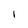
Character: I